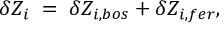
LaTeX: \delta Z _ { i } \; = \; \delta Z _ { i , b o s } + \delta Z _ { i , f e r } ,